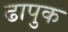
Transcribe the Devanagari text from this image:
ढापुक